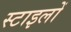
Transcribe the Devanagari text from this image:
स्टाइलों